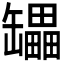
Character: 𰭇